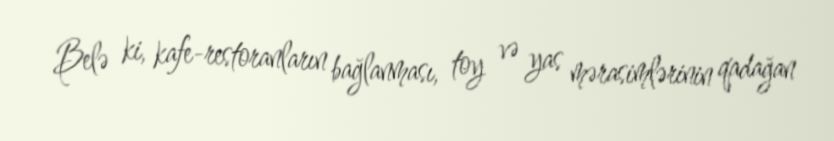
Belə ki, kafe-restoranların bağlanması, toy və yas mərasimlərinin qadağan